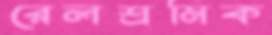
রেলশ্রমিক